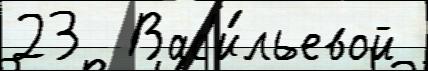
23  Вас'и́льевой